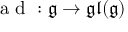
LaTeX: { \textrm { a d } } : { \mathfrak { g } } \to { \mathfrak { g l } } ( { \mathfrak { g } } )